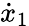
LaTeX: \dot{x}_{1}